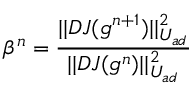
\beta ^ { n } = \frac { | | D J ( g ^ { n + 1 } ) | | _ { U _ { a d } } ^ { 2 } } { | | D J ( g ^ { n } ) | | _ { U _ { a d } } ^ { 2 } }